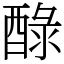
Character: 醁